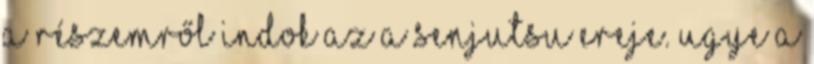
a részemről indok az a Senjutsu ereje. Ugye a